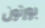
بورتون